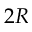
2 R